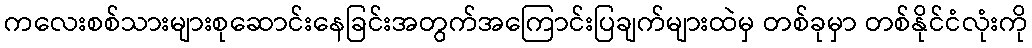
ကလေးစစ်သားများစုဆောင်းနေခြင်းအတွက်အကြောင်းပြချက်များထဲမှ တစ်ခုမှာ တစ်နိုင်ငံလုံးကို